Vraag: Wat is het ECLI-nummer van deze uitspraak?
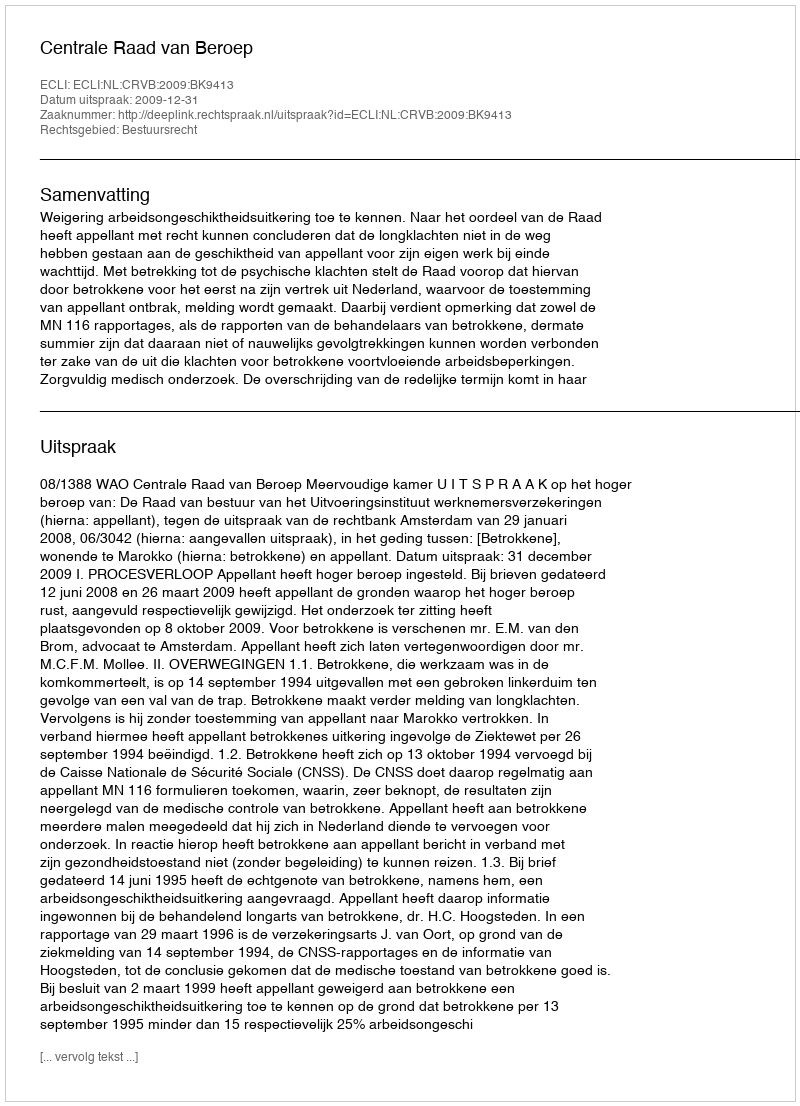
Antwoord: ECLI:NL:CRVB:2009:BK9413